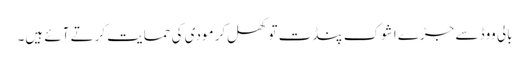
بالی ووڈ سے جڑے اشوک پنڈت تو کھل‌کر مودی کی حمایت کرتے آئے ہیں۔